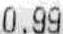
0.99